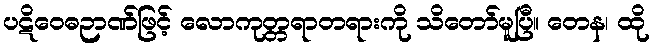
ပဋိဝေဓဉာဏ်ဖြင့် လောကုတ္တရာတရားကို သိတော်မူပြီ။ တေန၊ ထို